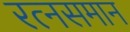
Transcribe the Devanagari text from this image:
रत्‍नसमान